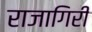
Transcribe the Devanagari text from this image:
राजागिरी